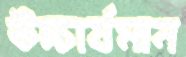
উচ্চার্যমান